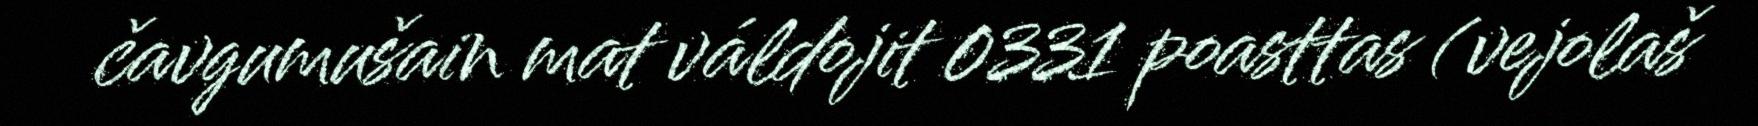
čavgumušain mat váldojit 0331 poasttas (vejolaš